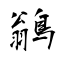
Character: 鶲